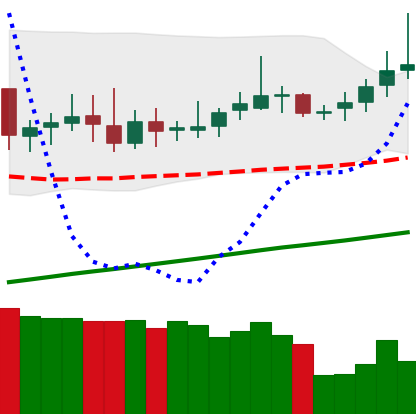
Ticker: DOGE-USD
Chart end date: 2019-06-23
Forward return: 5.629%
Label: up_5_7